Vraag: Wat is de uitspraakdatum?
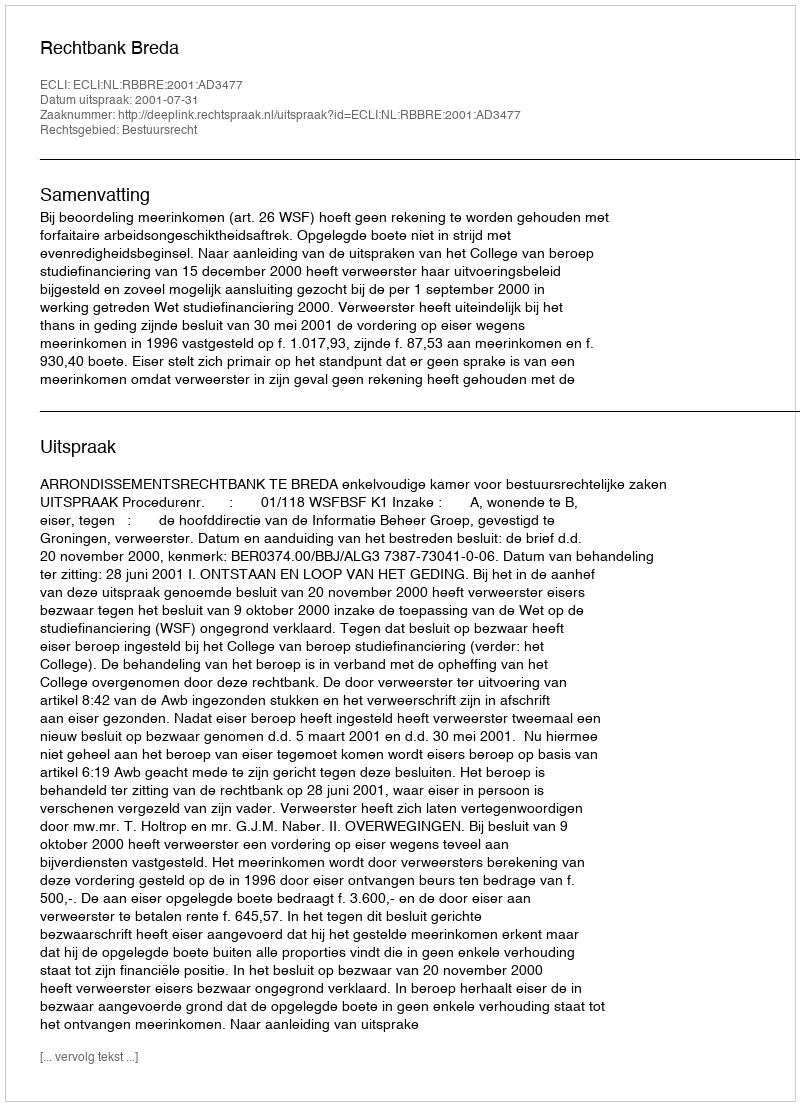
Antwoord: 2001-07-31